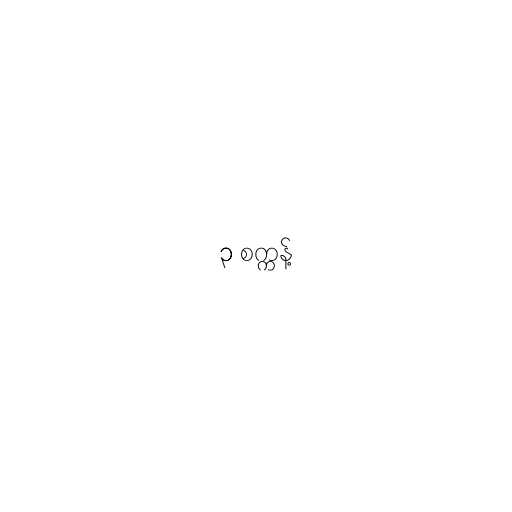
၃ စက္ကန့်